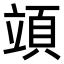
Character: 𥪙